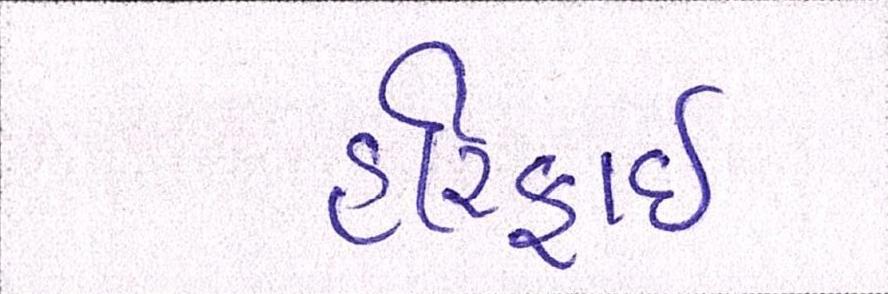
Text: હરિફાઇ